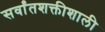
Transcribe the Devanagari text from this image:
सर्वांतशक्तीशाली